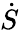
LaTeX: \dot{S}